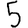
Digit: 5